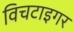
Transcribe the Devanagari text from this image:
विचटाइगर